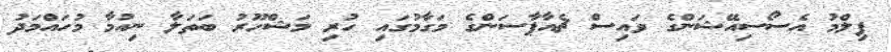
ފިލްމު އެސޯސިއޭޝަންގެ ވައިސް ޗެއާޕާސަންގެ މަގާމުގައި ހުރި މަޝްހޫރު ބަތަލާ ނިއުމާ މުހައްމަދު